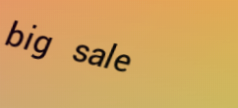
big sale